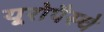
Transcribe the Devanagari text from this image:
यूरोपैस्चे